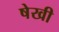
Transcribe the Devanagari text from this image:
षेखी